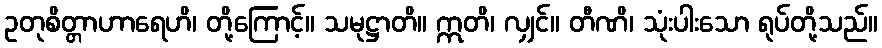
ဥတုစိတ္တာဟာရေဟိ၊ တို့ကြောင့်။ သမုဋ္ဌာတိ။ ဣတိ၊ လျှင်။ တီဏိ၊ သုံးပါးသော ရုပ်တို့သည်။